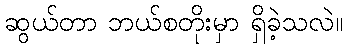
ဆွယ်တာ ဘယ်စတိုးမှာ ရှိခဲ့သလဲ။